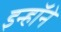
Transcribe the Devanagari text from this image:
इन्हॉने